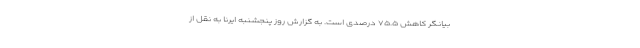
بیانگر کاهش ۷۵.۵ درصدی است. به گزارش روز پنجشنبه ایرنا به نقل از